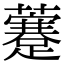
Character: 𧃕